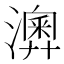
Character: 𤁌